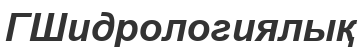
ГШидрологиялық